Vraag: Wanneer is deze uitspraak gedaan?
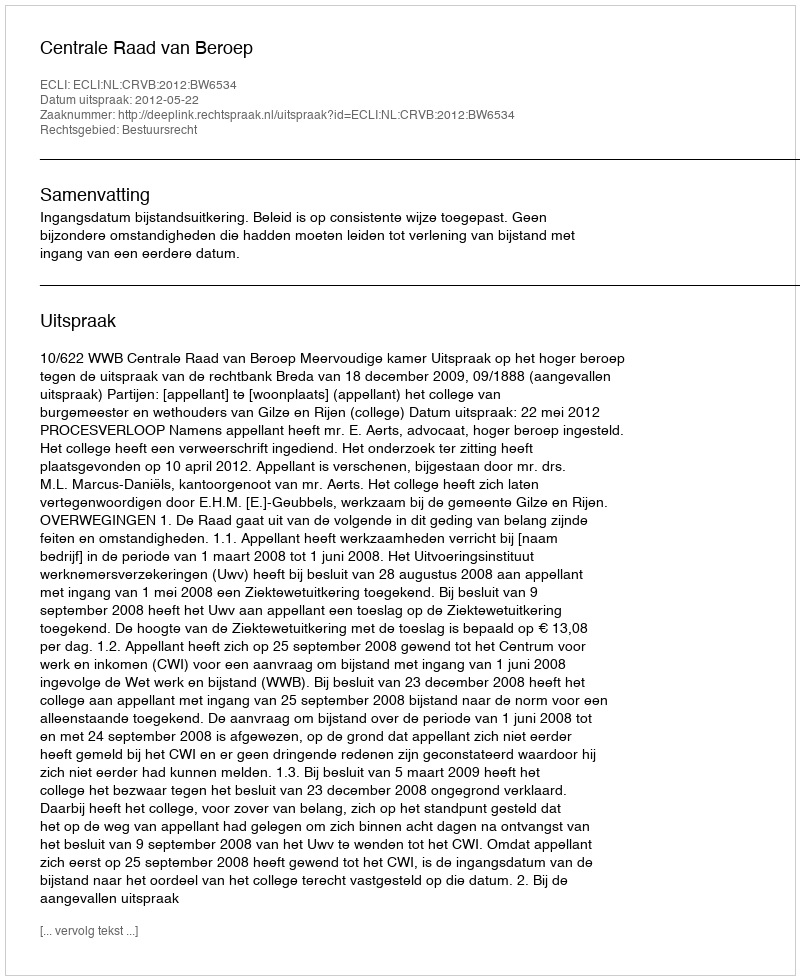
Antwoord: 2012-05-22